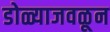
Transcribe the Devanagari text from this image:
डोळ्याजवळून